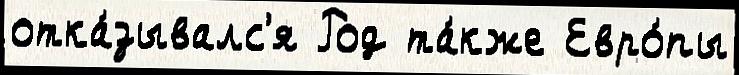
отка́зывалс'я Род та́кже Евро́пы